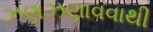
ઝણઝણાવવાથી